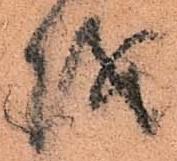
城